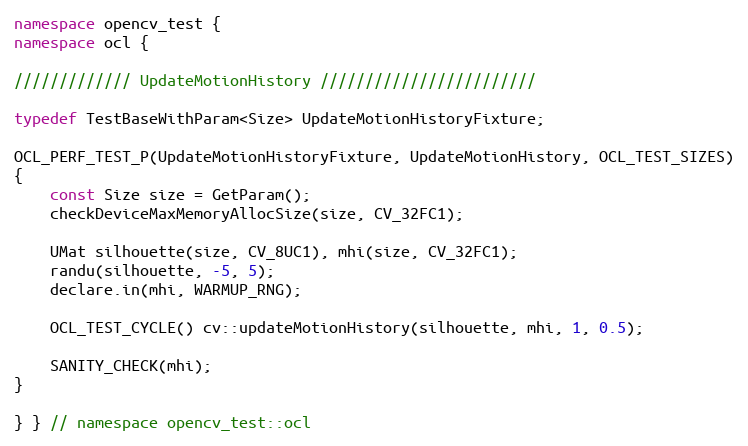
Language: C++
namespace opencv_test {
namespace ocl {

///////////// UpdateMotionHistory ////////////////////////

typedef TestBaseWithParam<Size> UpdateMotionHistoryFixture;

OCL_PERF_TEST_P(UpdateMotionHistoryFixture, UpdateMotionHistory, OCL_TEST_SIZES)
{
    const Size size = GetParam();
    checkDeviceMaxMemoryAllocSize(size, CV_32FC1);

    UMat silhouette(size, CV_8UC1), mhi(size, CV_32FC1);
    randu(silhouette, -5, 5);
    declare.in(mhi, WARMUP_RNG);

    OCL_TEST_CYCLE() cv::updateMotionHistory(silhouette, mhi, 1, 0.5);

    SANITY_CHECK(mhi);
}

} } // namespace opencv_test::ocl